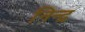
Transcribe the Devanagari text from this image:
निन्द्र